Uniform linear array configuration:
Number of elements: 32
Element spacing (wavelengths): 1
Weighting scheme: hann
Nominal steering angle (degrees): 45
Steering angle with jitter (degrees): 46.383
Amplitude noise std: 0.05
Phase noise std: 0.05

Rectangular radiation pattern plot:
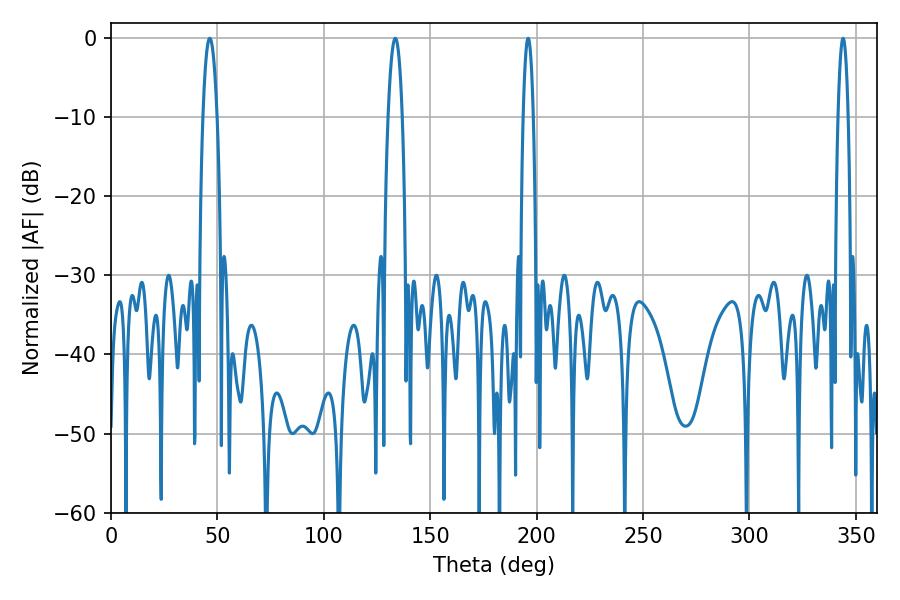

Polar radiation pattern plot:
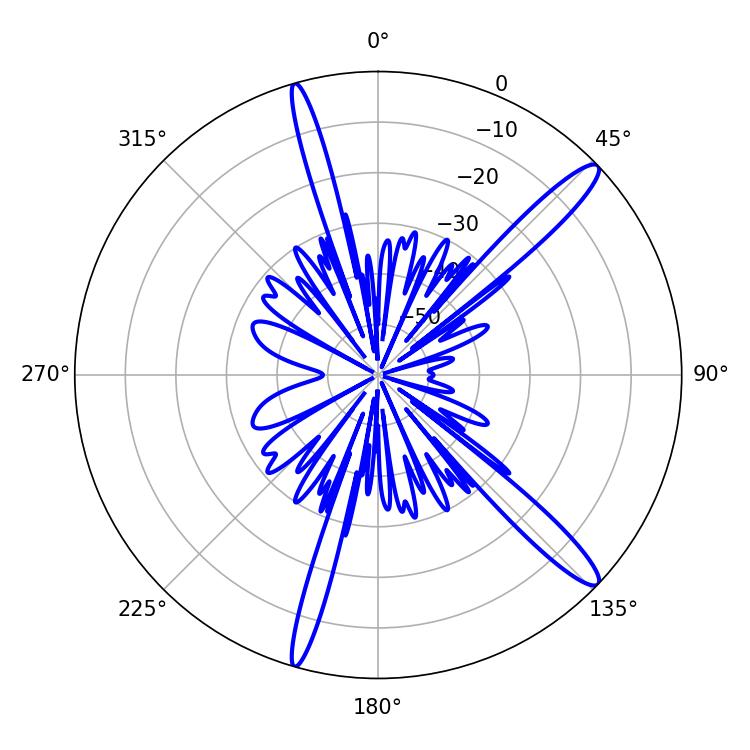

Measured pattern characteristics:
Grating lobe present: TRUE
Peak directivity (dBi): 14.358
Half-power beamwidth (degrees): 2.52
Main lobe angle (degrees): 343.98